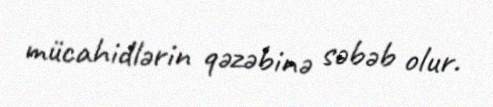
mücahidlərin qəzəbinə səbəb olur.